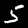
Digit: 5